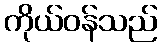
ကိုယ်ဝန်သည်